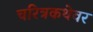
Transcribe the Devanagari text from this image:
चरित्रकथेवर